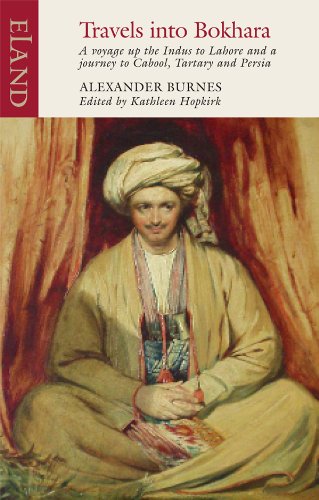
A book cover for Travels into Bokhara: The Narrative of a Voyage on the Indus; Alexander Burnes; Travel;